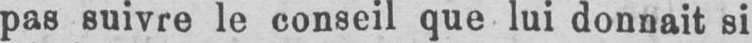
pas suivre le conseil que lui donnait si